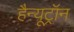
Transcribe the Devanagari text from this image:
हैन्यूट्रॉन